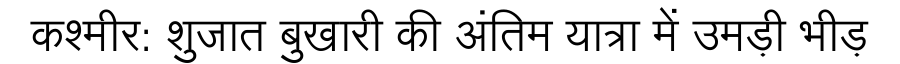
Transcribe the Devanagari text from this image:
कश्मीर: शुजात बुखारी की अंतिम यात्रा में उमड़ी भीड़